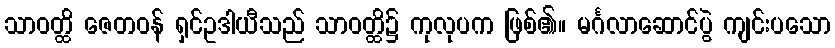
သာဝတ္ထိ ဇေတဝန် ရှင်ဥဒါယီသည် သာဝတ္ထိ၌ ကုလုပက ဖြစ်၏။ မင်္ဂလာဆောင်ပွဲ ကျင်းပသော